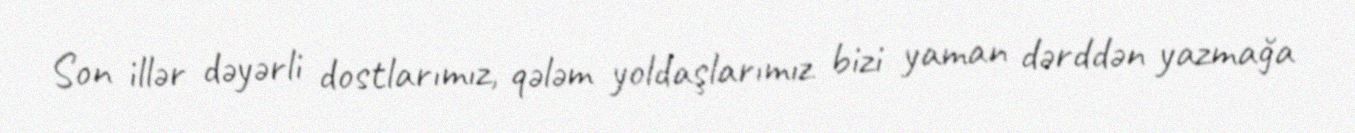
Son illər dəyərli dostlarımız, qələm yoldaşlarımız bizi yaman dərddən yazmağa